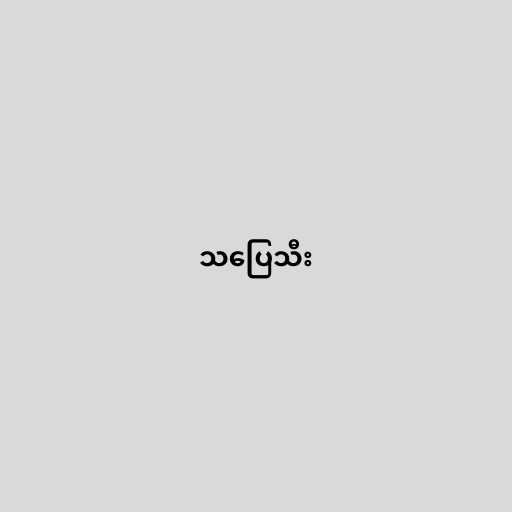
သပြေသီး